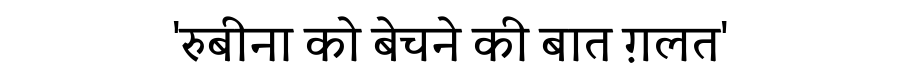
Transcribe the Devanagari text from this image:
'रुबीना को बेचने की बात ग़लत'